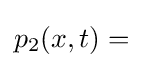
p_{2}(x,t)=